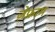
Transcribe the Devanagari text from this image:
ज़ेफ्राम